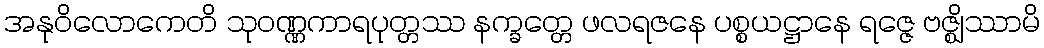
အနုဝိလောကေတိ သုဝဏ္ဏကာရပုတ္တဿ နက္ခတ္တေ ဖလရဇနေ ပစ္စယဋ္ဌာနေ ရဇ္ဇေ ဗဇ္ဈိဿာမိ